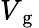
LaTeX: V_{\mathrm{~g~}}